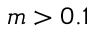
m > 0 . 1